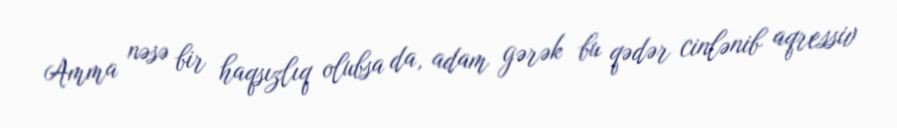
Amma nəsə bir haqsızlıq olubsa da, adam gərək bu qədər cinlənib aqressiv